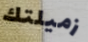
زميلتك